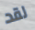
لقد